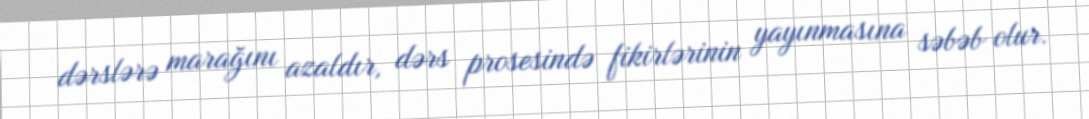
dərslərə marağını azaldır, dərs prosesində fikirlərinin yayınmasına səbəb olur.